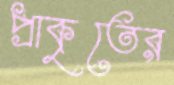
প্রাকৃতের